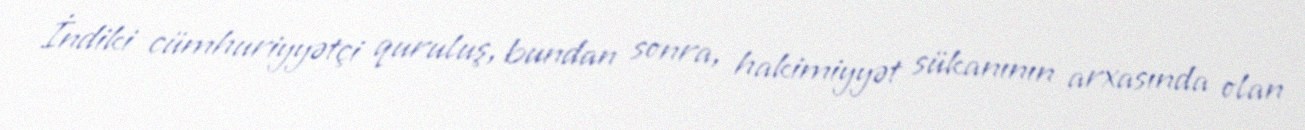
İndiki cümhuriyyətçi quruluş, bundan sonra, hakimiyyət sükanının arxasında olan